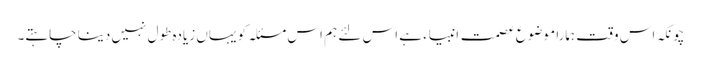
چونکہ اس وقت ہمارا موضوع عصمت انبیاء ہے اس لئے ہم اس مسئلہ کو یہاں زیادہ طول نہیں دینا چاہتے۔